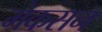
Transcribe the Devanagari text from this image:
मेकसन